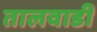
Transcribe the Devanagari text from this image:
तालवाडी